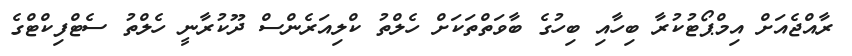
ރާއްޖެއަށް އިމްޕޯޓުކުރާ ބިހާއި ބިހުގެ ބާވަތްތަކަށް ހެލްތު ކްލިއަރެންސް ދޫކުރާނީ ހެލްތު ސެޓްފިކްޓްގެ